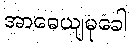
အာဓေယျမုခေါ